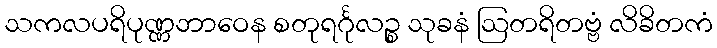
သကလပရိပုဏ္ဏဘာဝေန စတုရင်္ဂုလဉ္စ သုခနံ ဩတရိတဗ္ဗံ လိခိတကံ